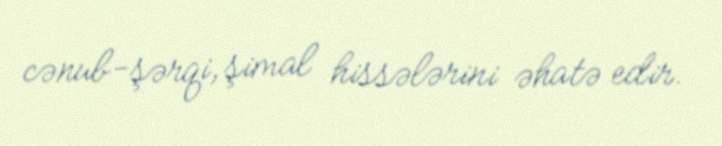
cənub-şərqi, şimal hissələrini əhatə edir.